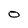
Character: O